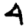
Digit: 4